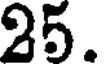
25.